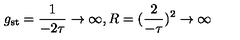
g _ { \mathrm { s t } } = { \frac { 1 } { - 2 \tau } } \rightarrow \infty , R = ( { \frac { 2 } { - \tau } } ) ^ { 2 } \rightarrow \infty